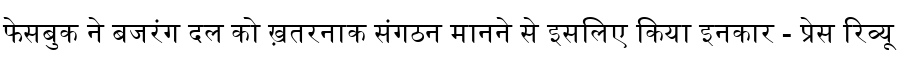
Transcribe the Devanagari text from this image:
फेसबुक ने बजरंग दल को ख़तरनाक संगठन मानने से इसलिए किया इनकार - प्रेस रिव्यू